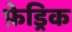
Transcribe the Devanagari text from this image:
फ़ेड्रिक